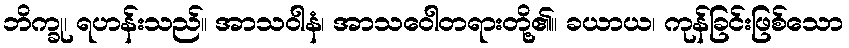
ဘိက္ခု၊ ရဟန်းသည်။ အာသဝါနံ၊ အာသဝေါတရားတို့၏။ ခယာယ၊ ကုန်ခြင်းဖြစ်သော